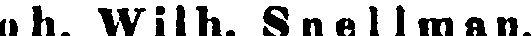
o h. Wilh. Snellman.